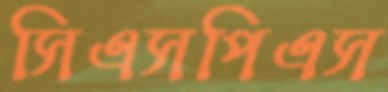
সিএসপিএস